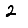
Digit: 2